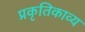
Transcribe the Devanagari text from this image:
प्रकृतिकाव्य